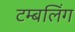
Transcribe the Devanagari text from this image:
टम्बलिंग